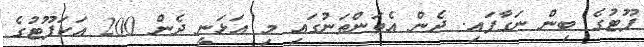
ފޫޓުގެ ބިން ނަގާފައި. ދެން އެތަންތަނުގައި މި އަޅަނީ ދެން 200 އަކަފޫޓުގެ